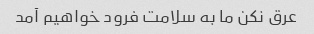
عرق نکن ما به سلامت فرود خواهیم آمد